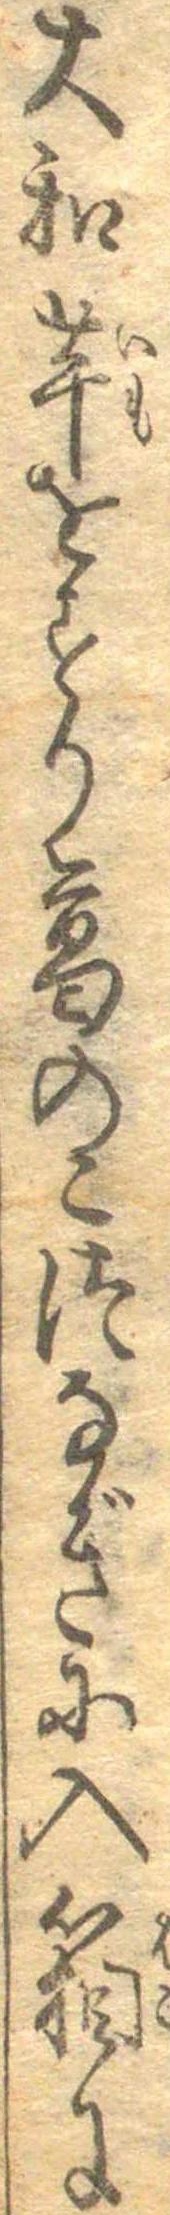
大和芋をすり葛のこつなぎに入箱に